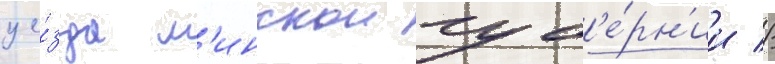
уе́зда м'инскои губ'е́рн'ии //